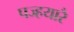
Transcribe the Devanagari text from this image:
पज्हयारै